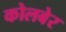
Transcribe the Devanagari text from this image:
कोलबेर